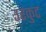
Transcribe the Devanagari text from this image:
उरकुट